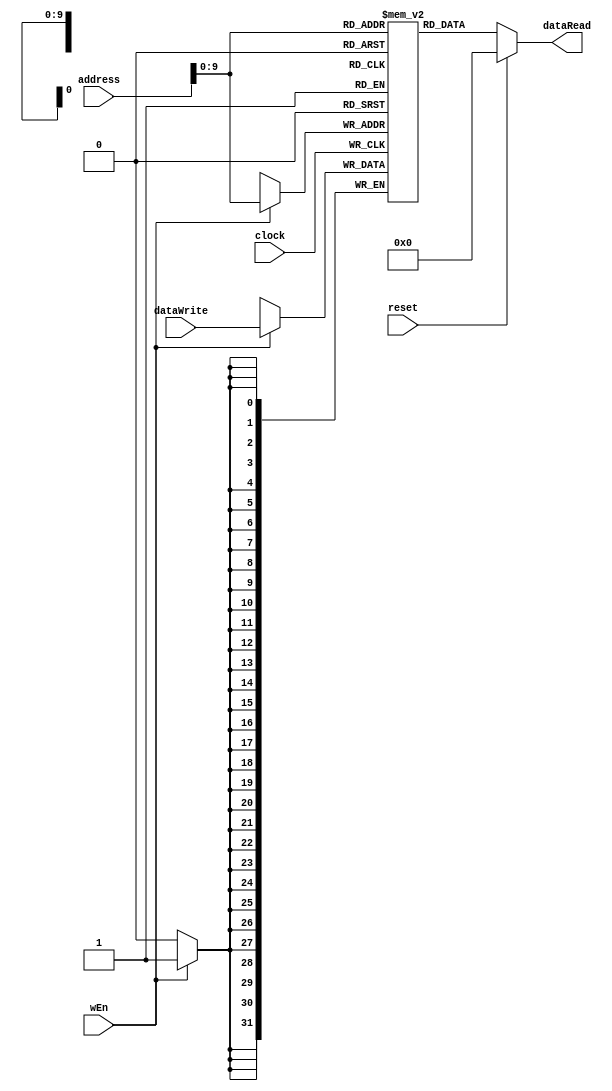
module dataMem (
  input reset, clock, wEn,
  input [31:0] address, dataWrite,
  output [31:0] dataRead
);
     reg [31:0] memory [1023:0];

always @(posedge clock ) begin

    if (wEn) begin
        memory[address] <= dataWrite;
     end 
  end
  
     assign dataRead = (reset) ? 32'h0 : memory[address];

  initial begin
    memory[12] = 32'h0000000f;
  end
    // integer i;
    // // initial begin   // initializing data memory
    // //   for (i = 0; i < 1023; i = i + 1) begin
    // //     memory[i] = 32'h00000001 + (i*4);
    // //   end 
    // end
    

endmodule